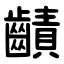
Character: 䶦